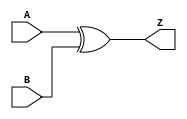
module XOR2_X2 (A, B, Z);
  input A;
  input B;
  output Z;
  xor(Z, A, B);
  specify
    if((B == 1'b0)) (A => Z) = (0.1, 0.1);
    if((B == 1'b1)) (A => Z) = (0.1, 0.1);
    if((A == 1'b0)) (B => Z) = (0.1, 0.1);
    if((A == 1'b1)) (B => Z) = (0.1, 0.1);
  endspecify
endmodule